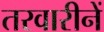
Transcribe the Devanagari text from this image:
तरवारीनें